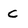
Character: C